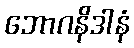
ဘောဂနိဒါနံ